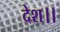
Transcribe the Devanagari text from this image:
देश।।